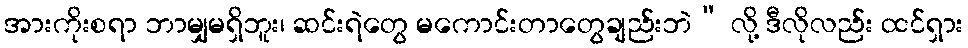
အားကိုးစရာ ဘာမျှမရှိဘူး၊ ဆင်းရဲတွေ မကောင်းတာတွေချည်းဘဲ” လို့ ဒီလိုလည်း ထင်ရှား